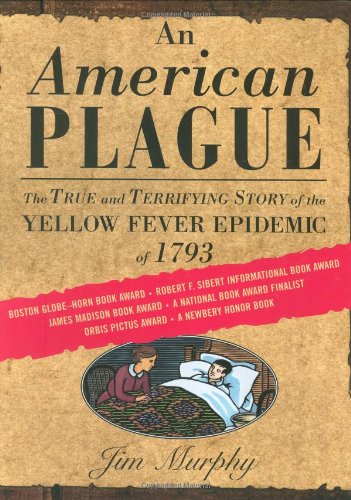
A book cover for An American Plague: The True and Terrifying Story of the Yellow Fever Epidemic of 1793 (Newbery Honor Book); Jim Murphy; Medical Books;